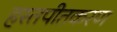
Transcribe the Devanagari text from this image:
हस्तपीतकरण